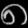
Digit: ၈